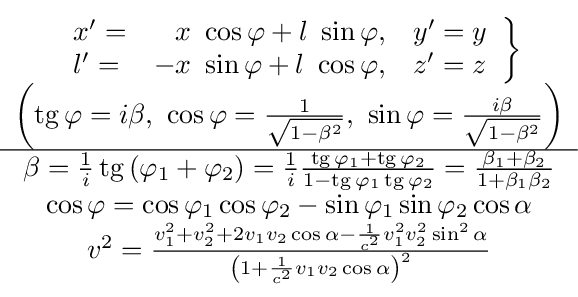
{\begin{matrix}\left.{\begin{array}{lrl}x'=&x\ \cos \varphi +l\ \sin \varphi ,&y'=y\\l'=&-x\ \sin \varphi +l\ \cos \varphi ,&z'=z\end{array}}\right\}\\\left(\operatorname {tg} \varphi =i\beta ,\ \cos \varphi ={\frac {1}{\sqrt {1-\beta ^{2}}}},\ \sin \varphi ={\frac {i\beta }{\sqrt {1-\beta ^{2}}}}\right)\\\hline \beta ={\frac {1}{i}}\operatorname {tg} \left(\varphi _{1}+\varphi _{2}\right)={\frac {1}{i}}{\frac {\operatorname {tg} \varphi _{1}+\operatorname {tg} \varphi _{2}}{1-\operatorname {tg} \varphi _{1}\operatorname {tg} \varphi _{2}}}={\frac {\beta _{1}+\beta _{2}}{1+\beta _{1}\beta _{2}}}\\\cos \varphi =\cos \varphi _{1}\cos \varphi _{2}-\sin \varphi _{1}\sin \varphi _{2}\cos \alpha \\v^{2}={\frac {v_{1}^{2}+v_{2}^{2}+2v_{1}v_{2}\cos \alpha -{\frac {1}{c^{2}}}v_{1}^{2}v_{2}^{2}\sin ^{2}\alpha }{\left(1+{\frac {1}{c^{2}}}v_{1}v_{2}\cos \alpha \right)^{2}}}\end{matrix}}